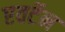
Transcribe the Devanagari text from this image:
एवर्टेन